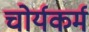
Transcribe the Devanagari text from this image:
चोर्यकर्म